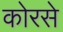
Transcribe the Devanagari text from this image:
कोरसे